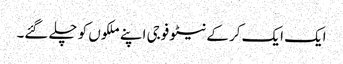
ایک ایک کر کے نیٹو فوجی اپنے ملکوں کو چلے گئے۔